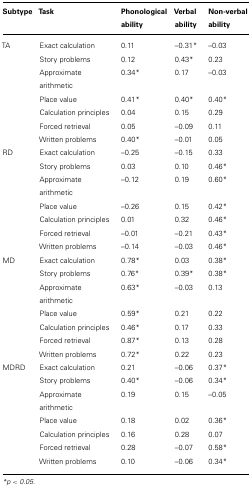
<table><thead><tr><td><b>Subtype</b></td><td><b>Task</b></td><td><b>Phonological ability</b></td><td><b>Verbal ability</b></td><td><b>Non-verbal ability</b></td></tr></thead><tbody><tr><td>TA</td><td>Exact calculation</td><td>0.11</td><td>–0.31*</td><td>–0.03</td></tr><tr><td></td><td>Story problems</td><td>0.12</td><td>0.43*</td><td>0.23</td></tr><tr><td></td><td>Approximate arithmetic</td><td>0.34*</td><td>0.17</td><td>–0.03</td></tr><tr><td></td><td>Place value</td><td>0.41*</td><td>0.40*</td><td>0.40*</td></tr><tr><td></td><td>Calculation principles</td><td>0.04</td><td>0.15</td><td>0.29</td></tr><tr><td></td><td>Forced retrieval</td><td>0.05</td><td>–0.09</td><td>0.11</td></tr><tr><td></td><td>Written problems</td><td>0.40*</td><td>–0.01</td><td>0.05</td></tr><tr><td>RD</td><td>Exact calculation</td><td>–0.25</td><td>–0.15</td><td>0.33</td></tr><tr><td></td><td>Story problems</td><td>0.03</td><td>0.10</td><td>0.46*</td></tr><tr><td></td><td>Approximate arithmetic</td><td>–0.12</td><td>0.19</td><td>0.60*</td></tr><tr><td></td><td>Place value</td><td>–0.26</td><td>0.15</td><td>0.42*</td></tr><tr><td></td><td>Calculation principles</td><td>0.01</td><td>0.32</td><td>0.46*</td></tr><tr><td></td><td>Forced retrieval</td><td>–0.01</td><td>–0.21</td><td>0.43*</td></tr><tr><td></td><td>Written problems</td><td>–0.14</td><td>–0.03</td><td>0.46*</td></tr><tr><td>MD</td><td>Exact calculation</td><td>0.78*</td><td>0.03</td><td>0.38*</td></tr><tr><td></td><td>Story problems</td><td>0.76*</td><td>0.39*</td><td>0.38*</td></tr><tr><td></td><td>Approximate arithmetic</td><td>0.63*</td><td>–0.03</td><td>0.13</td></tr><tr><td></td><td>Place value</td><td>0.59*</td><td>0.21</td><td>0.22</td></tr><tr><td></td><td>Calculation principles</td><td>0.46*</td><td>0.17</td><td>0.33</td></tr><tr><td></td><td>Forced retrieval</td><td>0.87*</td><td>0.13</td><td>0.28</td></tr><tr><td></td><td>Written problems</td><td>0.72*</td><td>0.22</td><td>0.23</td></tr><tr><td>MDRD</td><td>Exact calculation</td><td>0.21</td><td>–0.06</td><td>0.37*</td></tr><tr><td></td><td>Story problems</td><td>0.40*</td><td>–0.06</td><td>0.34*</td></tr><tr><td></td><td>Approximate arithmetic</td><td>0.19</td><td>0.15</td><td>–0.05</td></tr><tr><td></td><td>Place value</td><td>0.18</td><td>0.02</td><td>0.36*</td></tr><tr><td></td><td>Calculation principles</td><td>0.16</td><td>0.28</td><td>0.07</td></tr><tr><td></td><td>Forced retrieval</td><td>0.28</td><td>–0.07</td><td>0.58*</td></tr><tr><td></td><td>Written problems</td><td>0.10</td><td>–0.06</td><td>0.34*</td></tr></tbody></table>